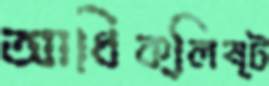
আধিক্লিষ্ট